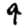
Digit: 9